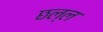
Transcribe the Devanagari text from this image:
छल्ल